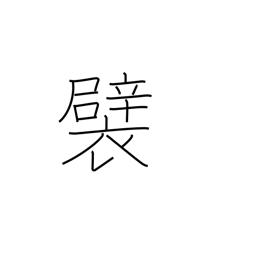
Meaning: tuck